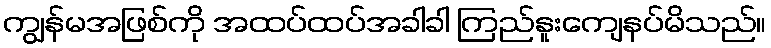
ကျွန်မအဖြစ်ကို အထပ်ထပ်အခါခါ ကြည်နူးကျေနပ်မိသည်။